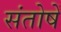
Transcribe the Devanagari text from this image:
संतोषें